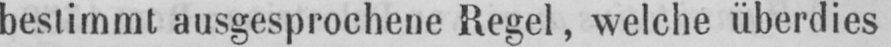
bestimmt ausgesprochene Regel, welche überdies